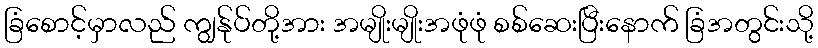
ခြံစောင့်မှာလည် ကျွန်ုပ်တို့အား အမျိုးမျိုးအဖုံဖုံ စစ်ဆေးပြီးနောက် ခြံအတွင်းသို့